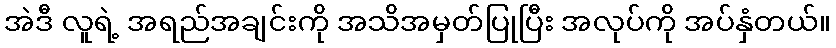
အဲဒီ လူရဲ့ အရည်အချင်းကို အသိအမှတ်ပြုပြီး အလုပ်ကို အပ်နှံတယ်။